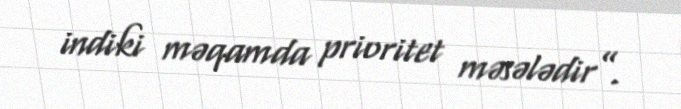
indiki məqamda prioritet məsələdir”.